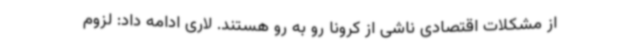
از مشکلات اقتصادی ناشی از کرونا رو به رو هستند. لاری ادامه داد: لزوم